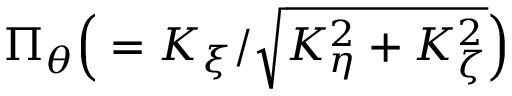
\Pi _ { \theta } \Big ( = K _ { \xi } / \sqrt { K _ { \eta } ^ { 2 } + K _ { \zeta } ^ { 2 } } \Big )